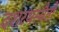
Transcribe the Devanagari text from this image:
दशरथस्यैतौ